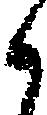
候